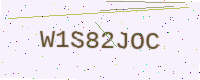
Text: W1S82JOC